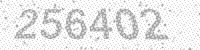
Solution: 256402